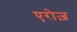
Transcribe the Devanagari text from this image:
एरोज़